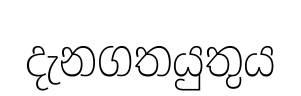
දැනගතයුතුය